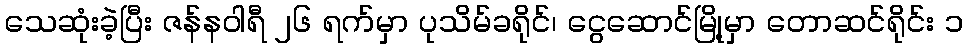
သေဆုံးခဲ့ပြီး ဇန်နဝါရီ ၂၆ ရက်မှာ ပုသိမ်ခရိုင်၊ ငွေဆောင်မြို့မှာ တောဆင်ရိုင်း ၁